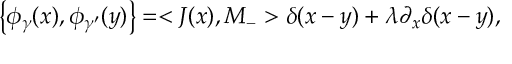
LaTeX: \left\{ \phi _ { \gamma } ( x ) , \phi _ { \gamma ^ { \prime } } ( y ) \right\} = < J ( x ) , M _ { - } > \delta ( x - y ) + \lambda \partial _ { x } \delta ( x - y ) ,